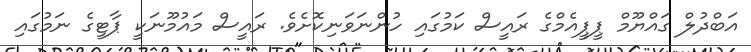
އަބްދުލް ގައްޔޫމް ޕީޕީއެމްގެ ރައީސް ކަމުގައި ހުންނަވަނިކޮށެވެ. ރައީސް މައުމޫނަކީ ޕާޓީގެ ނަމުގައި